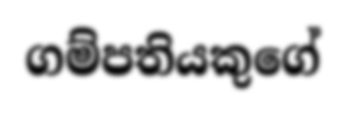
ගම්පතියකුගේ